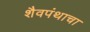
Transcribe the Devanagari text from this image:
शैवपंथाचा